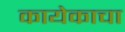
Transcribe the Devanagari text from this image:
कायेकाचा